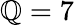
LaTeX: \mathbb{Q}=7